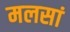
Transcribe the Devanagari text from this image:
मलसां